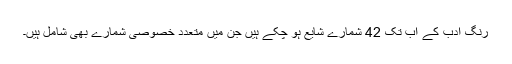
رنگِ ادب کے اب تک 42 شمارے شایع ہو چکے ہیں جن میں متعدد خصوصی شمارے بھی شامل ہیں۔